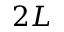
2 L